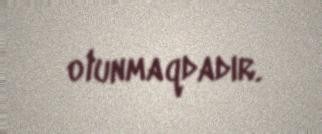
olunmaqdadır.